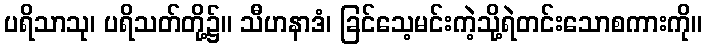
ပရိသာသု၊ ပရိသတ်တို့၌။ သီဟနာဒံ၊ ခြင်သေ့မင်းကဲ့သို့ရဲတင်းသောစကားကို။